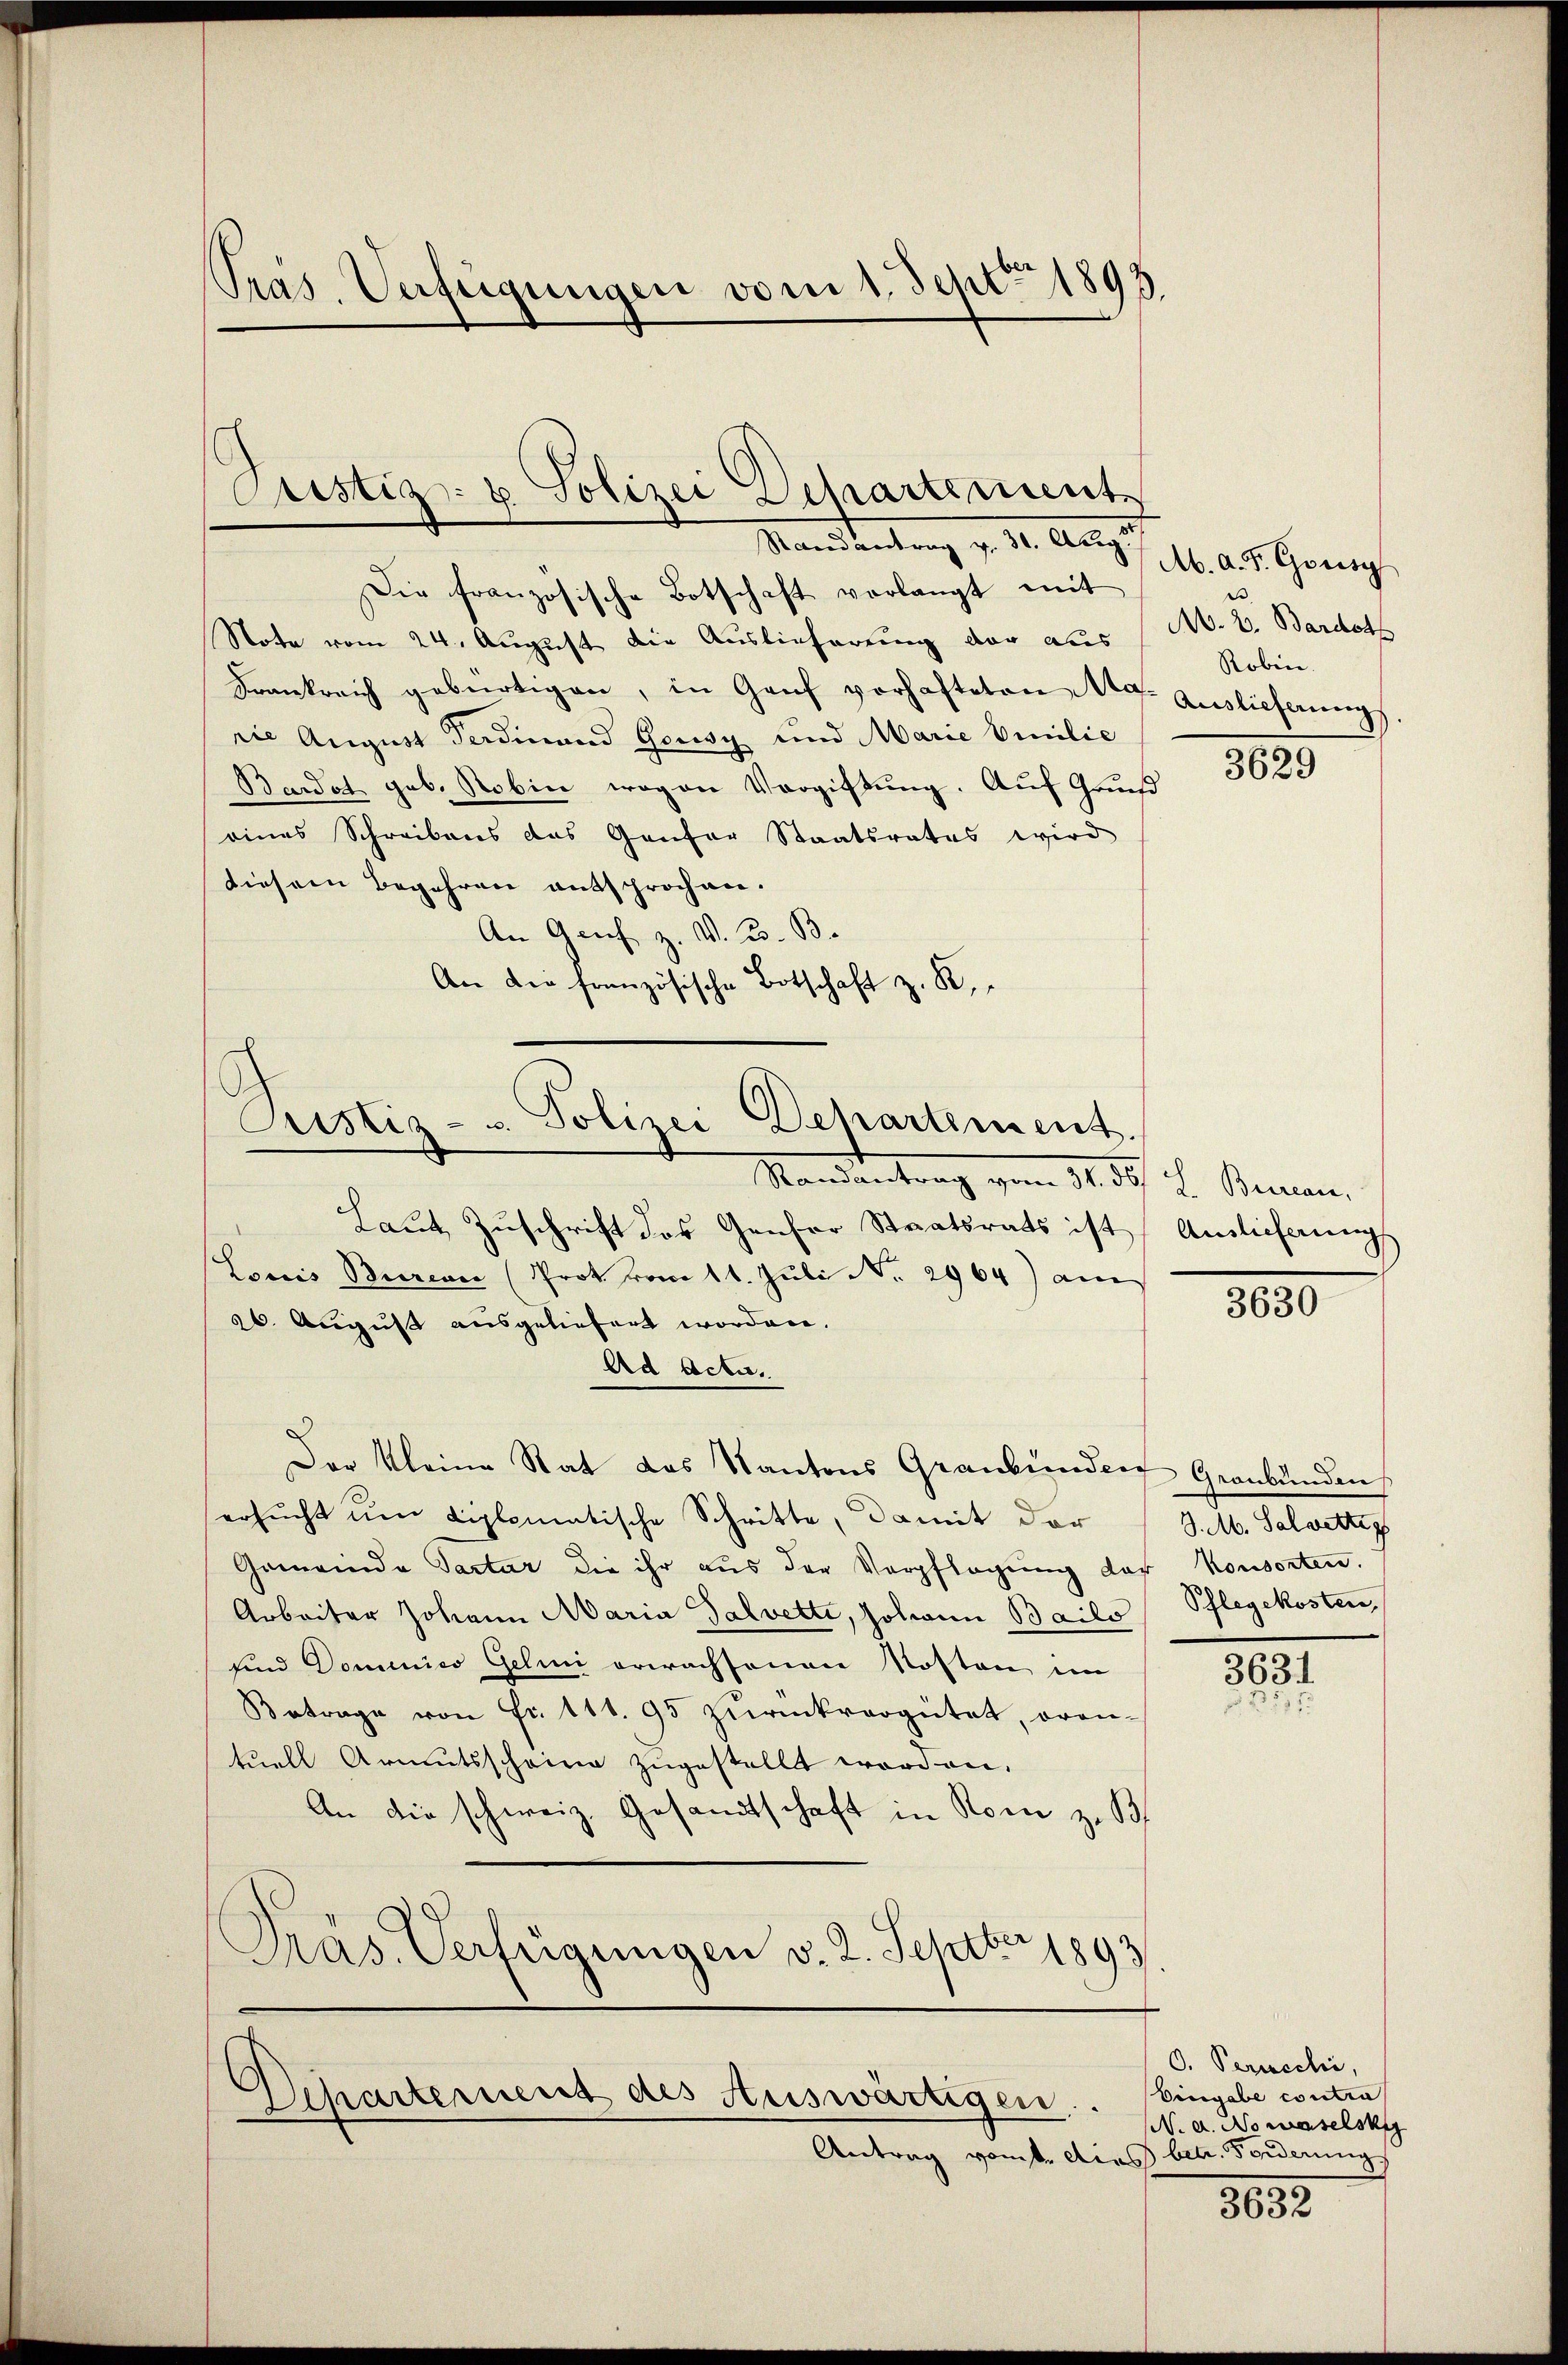
Pras Verfügungen vom 1. Sept 1893.

Die französische Botschaft verlangt mit
Note vom 24. August die Auslieferung der aus
Frankreich gebürtigen, in Genf vorhafteten Arg. Auslieferung
rie August Ferdinand Gousy und Marie Emilie
Bardot geb. Robin wogen Vergiftung. Auf Grun
eines Schreibens das Gantor Staatsrates wird
diesem Begehren entsprochen.
An Genf z. W. B. B
An die französische Botschaft z. B.

Standentrag vom 11. d. i. Bemann
Laut Zuschrift des Genfer Staatsrats ist Auslieferung
Louis Bureau (Prot vom 11. Jŭli No. 2964) am
26. August ausgeliefert worden.
Ad Acta.
Der Kleine Rat das Kantons Graubünden Graubünden,
ersucht um diplomatische Schritte, damit der J. M. Salvetter
Gemeinde Tartar die ihr aus der Verpflegung der Konsorten.
Arbeiter Johann Maria Salvetti, Johann Bailo
und Dominico Gelini erwachsenen Kosten im
Betrage von Fr. 111. 95 zŭrückvergütet, oran-
tuell Armutsscheine zugestellt worden.
An die schweiz. Gesandtschaft in Rom z. B.
Pras. Verfügungen v. 2. Septbr. 1893

Justiz- & Polizei Departement
Randantrag v. 30. Aug.

Justiz- u. Polizei Departement.

Separtement des Auswärtigen.
Antrag vom 1. dies betr. Forderung

Ab. A. F. Gonsy
M. 2. Bardot
Robin.

3629

3630

Pflegekosten

3631

O. Periechi,
Eingabe contra
N. A. Nomaselsky
.

3632